Leprosy in India: report of the Leprosy Commission in India, 1890-91
Year: 1890
Disease focus: Leprosy
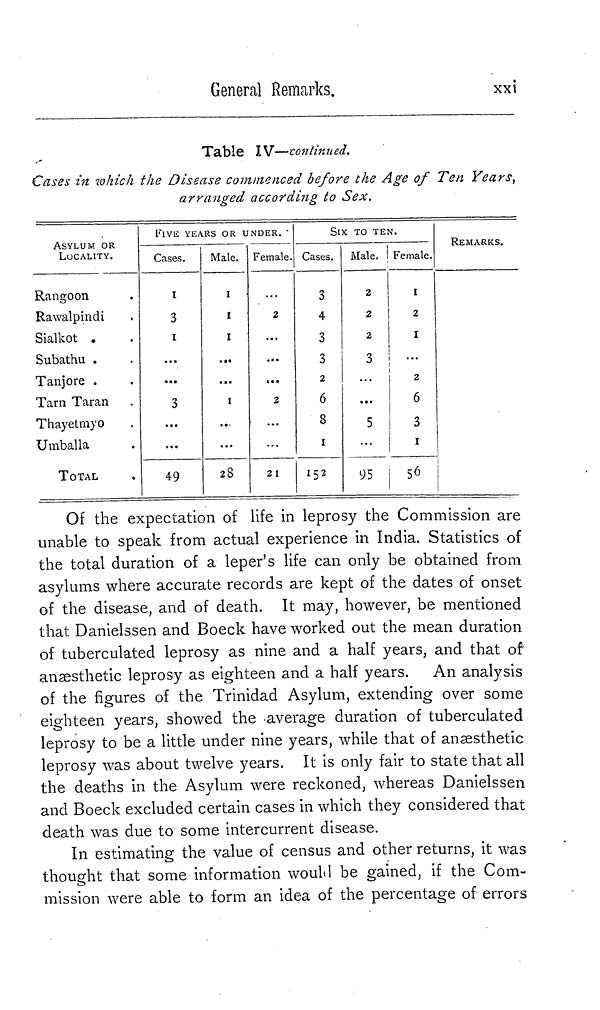
General Remarks.
xxi
Table IV—continued.
Cases in which the Disease commenced before the Age of Ten Years,
arranged according to Sex.
ASYLUM OR
LOCALITY.
Rangoon
Rawalpindi
Sialkot .
Subathu .
Tanjore .
Tarn Taran
Thayetmyo
Umballa
TOTAL
FIVE YEARS
Cases.
1
3
1
3
49
OR
Male.
1
1
1
1
28
UNDER.
Female
2
2
21
SIX
Cases.
3
4
3
3
2
6
8
1
152
X TO TEM.
Male.
2
2
2
3
5
Female.
1
2
1
2
6
3
1
56
REMARKS.
Of the expectation of life in leprosy the Commission are
unable to speak from actual experience in India. Statistics of
the total duration of a leper's life can only be obtained from
asylums where accurate records are kept of the dates of onset
of the disease, and of death. It may, however, be mentioned
that Danielssen and Boeck have worked out the mean duration
of tuberculated leprosy as nine and a half years, and that of'
anaesthetic leprosy as eighteen and a half years. An analysis
of the figures of the Trinidad Asylum, extending over some
eighteen years, showed the average duration of tuberculated
leprosy to be a little under nine years, while that of anaesthetic
leprosy was about twelve years. It is only fair to state that all
the deaths in the Asylum were reckoned, whereas Danielssen
and Boeck excluded certain cases in which they considered that
death was due to some intercurrent disease.
In estimating the value of census and other returns, it was
thought that some information would be gained, if the Com-
mission were able to form an idea of the percentage of errors